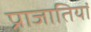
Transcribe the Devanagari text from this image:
प्राजातियां